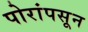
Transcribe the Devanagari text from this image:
पोरांपसून